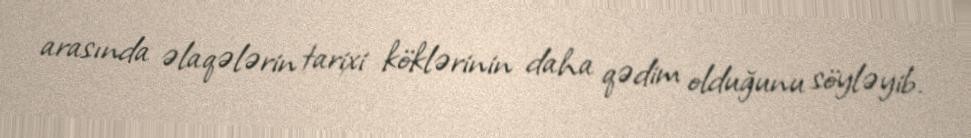
arasında əlaqələrin tarixi köklərinin daha qədim olduğunu söyləyib.